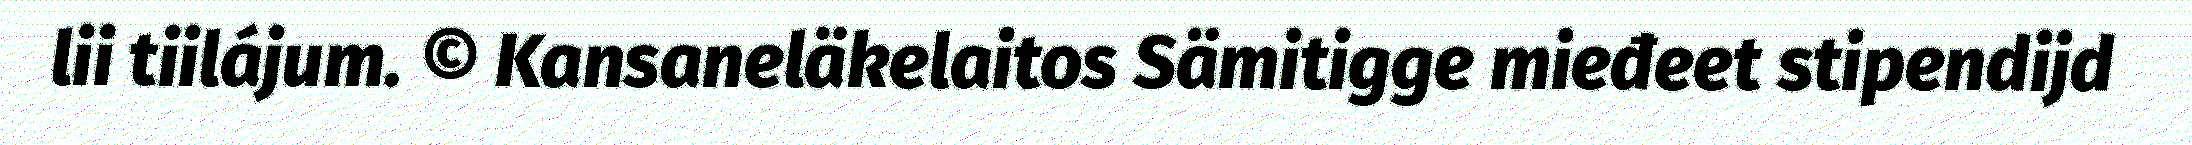
lii tiilájum. © Kansaneläkelaitos Sämitigge mieđeet stipendijd